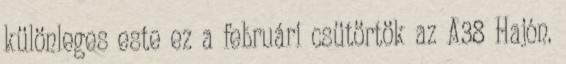
különleges este ez a februári csütörtök az A38 Hajón.